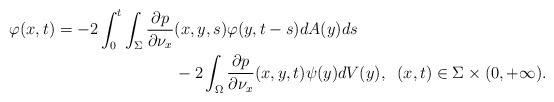
LaTeX: \begin{align*}\varphi (x,t)=-2\int_0^t\int_\Sigma \frac{\partial p}{\partial \nu _x}&(x,y,s)\varphi (y,t-s)dA(y)ds\\&-2\int_\Omega \frac{\partial p}{\partial \nu _x}(x,y,t)\psi (y)dV(y),\;\; (x,t)\in \Sigma \times (0,+\infty ).\end{align*}